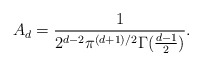
\begin{align*} A_d=\frac{1}{2^{d-2}\pi ^{(d+1)/2}\Gamma (\frac{d-1}{2})}.\end{align*}